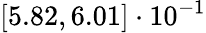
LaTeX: \left[5.82,6.01\right]\cdot 10^{-1}